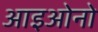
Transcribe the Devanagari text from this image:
आइओनो